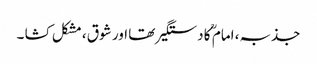
جذبہ، امام ؒ کا دستگیر تھا اور شوق ، مشکل کشا ۔